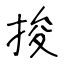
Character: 捘